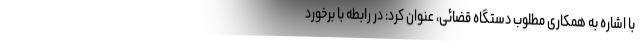
با اشاره به همکاری مطلوب دستگاه قضائی، عنوان کرد: در رابطه با برخورد